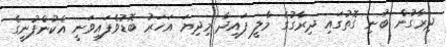
ދިރާގުން ބުނި ގޮތުގައި ދިރާގުގެ މާލީ ފައިދާ މިދިޔަ އަހަރު ބޮޑުވެފައިވަނީ އެކުންފުނީގެ